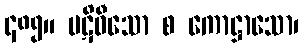
၄၈၅။ ပဋိဝီသော စ ကောဋ္ဌာသော၊